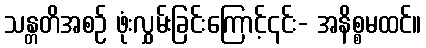
သန္တတိအစဉ် ဖုံးလွှမ်းခြင်းကြောင့်၎င်း- အနိစ္စမထင်။